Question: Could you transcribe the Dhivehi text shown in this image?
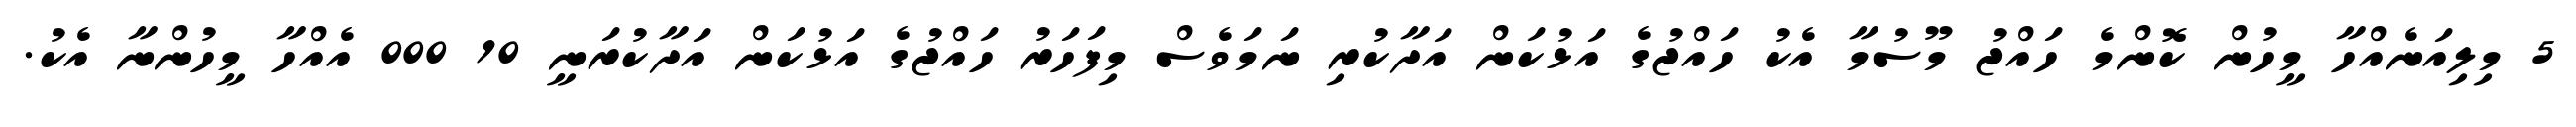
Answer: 5 މިލިއަނެއްހާ މީހުން ކޮންމެ ހައްޖު މޫސުމާ އެކު ހައްޖުގެ އަޅުކަން އަދާކުރި ނަމަވެސް މިފަހަރު ހައްޖުގެ އަޅުކަން އަދާކުރަނީ 10 000 އެއްހާ މީހުންނާ އެކު.